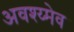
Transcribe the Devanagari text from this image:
अवश्य्मेव